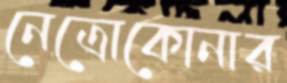
নেত্রোকোনার